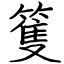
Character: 篗